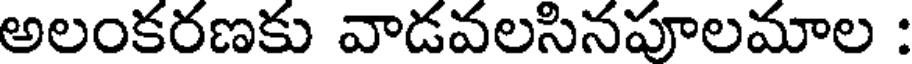
అలంకరణకు వాడవలసినపూలమాల :